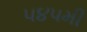
૫૪૫મી